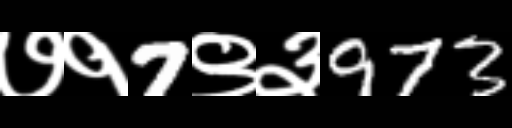
Text: ७१7९३973